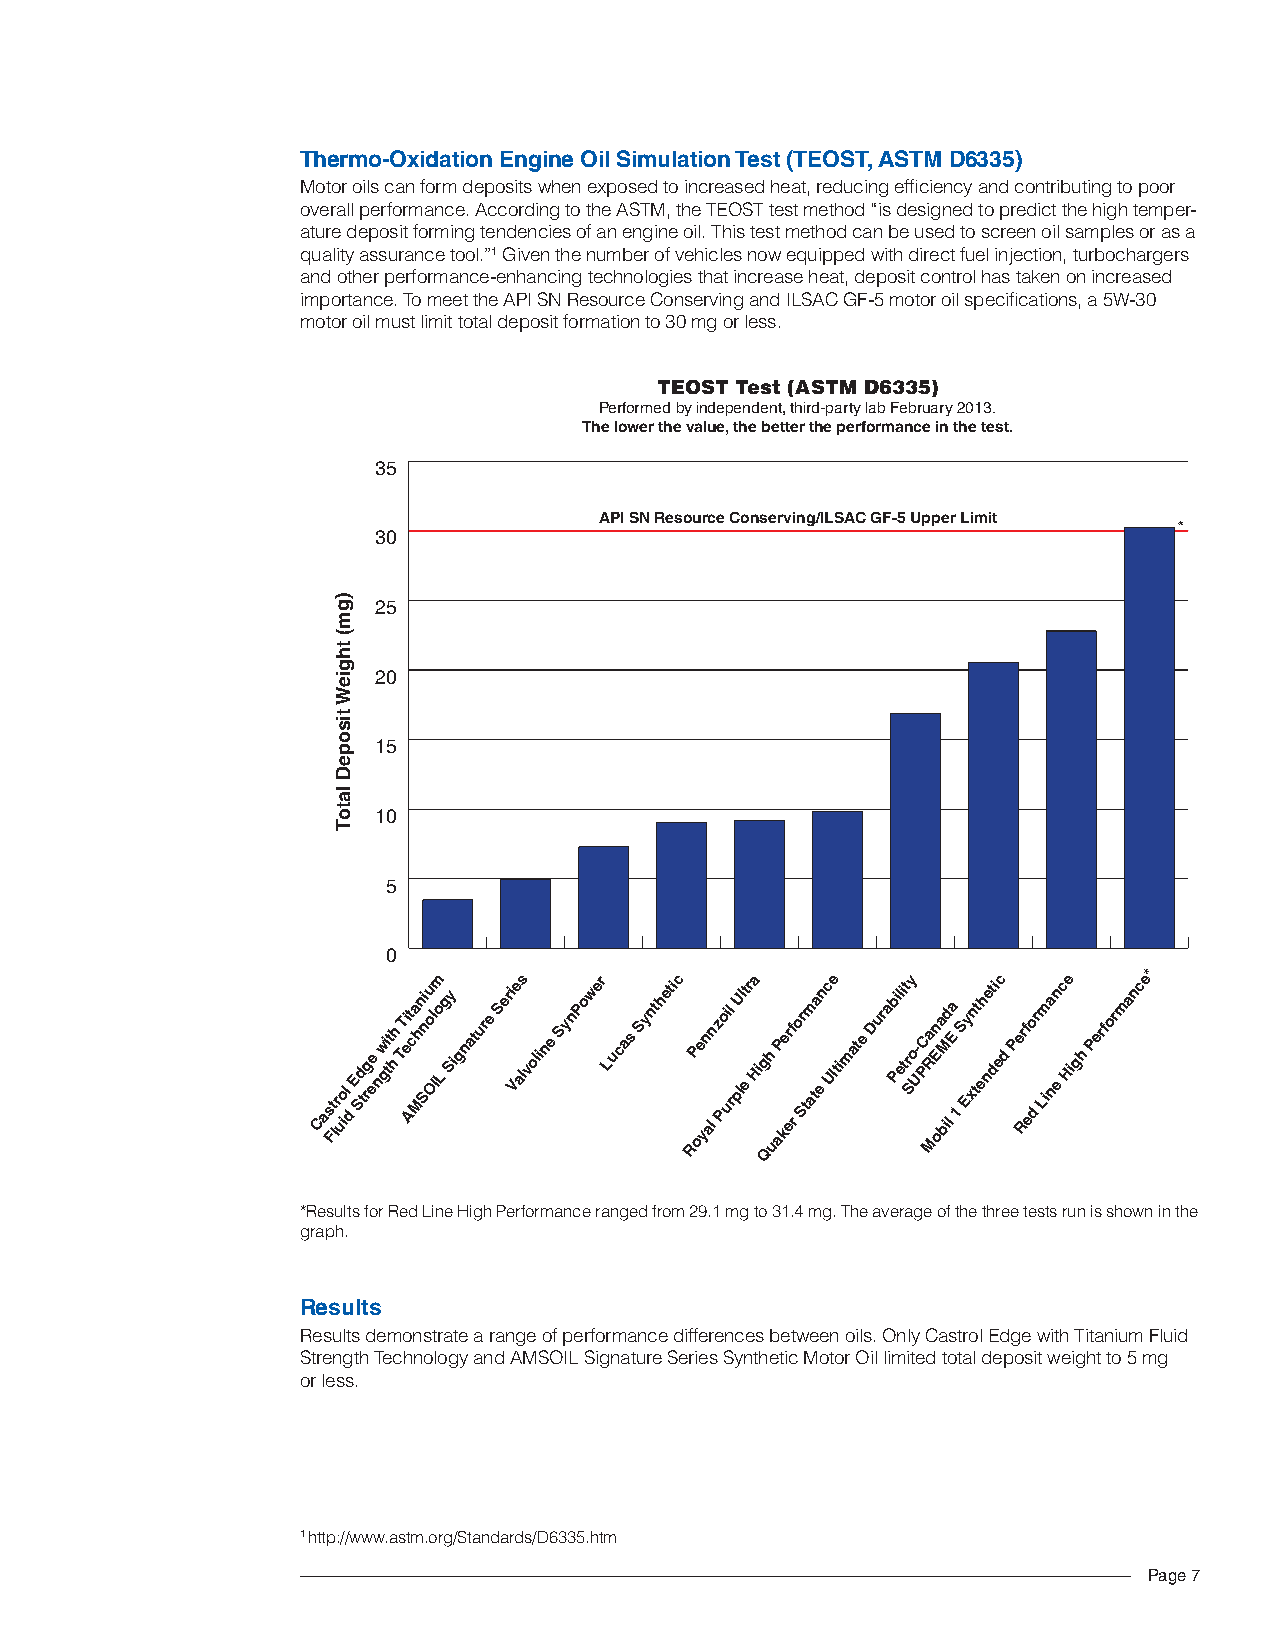
Thermo-Oxidation Engine Oil Simulation Test (TEOST, ASTM d6335)
 Motor oils can form deposits when exposed to increased heat, reducing efficiency and contributing to poor
 overall performance. According to the ASTM, the TEOST test method “is designed to predict the high temper-
 ature deposit forming tendencies of an engine oil. This test method can be used to screen oil samples or as a
 quality assurance tool.”1 Given the number of vehicles now equipped with direct fuel injection, turbochargers
 and other performance-enhancing technologies that increase heat, deposit control has taken on increased
 importance. To meet the API SN Resource Conserving and ILSAC GF-5 motor oil specifications, a 5W-30
 motor oil must limit total deposit formation to 30 mg or less.
 TEOST Test (ASTM D6335)
 Performed by independent, third-party lab February 2013.
 The lower the value, the better the performance in the test.
 35
 API SN Resource Conserving/ILSAC GF-5 Upper Limit
 *
 30
 ) g 25
 m
 (
 t
 h
 g
 ie 20
 W
 t
 is
 o
 p  15
 e
 D
 la
 t o 10
 T
 5
 0
 Cas Ft lr
 uo il
 d
 E Sd
 trg ee nw gi tt hh TT ei At ca Mhn Sni ou Ol Iom
 L
 g Sy ignature Seri Ve als voline SynPower Lucas Synthetic RP oe yn aln z Poi ul
 r
 pU ll et ra Hig Qh
 u
 aP ker ef
 r
 or Stm ata en c Ule timate Durab Pil ei tt r Sy o U- PCa R Mn oEa bM id
 l
 Ea
 1
 S Ey xn tt eh net di ec d Pe Rrf eo
 d
 r Lima nen c He igh Performance*
 *Results for Red*R Leisnuel tHs ifgohr RPeedrf oLirnmea Hnicgeh rPaenrgfoerdm afrnocme r2a9n.g1e md gfr otom 3 219.4.1 mmgg. tToh 3e1 a.4v emrga.g Teh oe fa tvheer athgree oef ttehset sth rruene itse ssthso rwunn iisn the
 graph.  shown in the graph.
 Results
 Results demonstrate a range of performance differences between oils. Only Castrol Edge with Titanium Fluid
 Strength Technology and AMSOIL Signature Series Synthetic Motor Oil limited total deposit weight to 5 mg
 or less.
 1 http://www.astm.org/Standards/D6335.htm
 Page 7